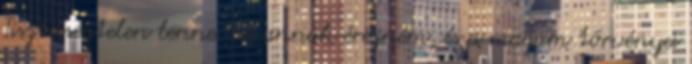
Tisztességtelen lenne. ÉN annak érezném, és a magam törvényei